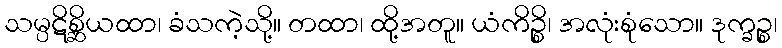
သမ္ပဋိစ္ဆိယထာ၊ ခံသကဲ့သို့။ တထာ၊ ထို့အတူ။ ယံကိဉ္စိ၊ အလုံးစုံသော။ ဒုက္ခဉ္စ၊